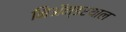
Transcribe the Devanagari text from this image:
निअॅन्डरथाल